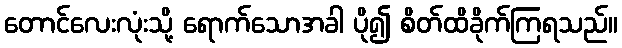
တောင်လေးလုံးသို့ ရောက်သောအခါ ပို၍ စိတ်ထိခိုက်ကြရသည်။